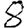
Digit: 8